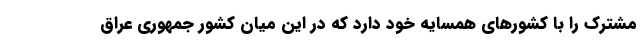
مشترک را با کشورهای همسایه خود دارد که در این میان کشور جمهوری عراق